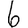
Digit: 6